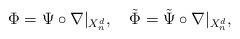
LaTeX: \begin{align*}\Phi=\Psi\circ\nabla|_{X_n^d},\quad\tilde\Phi=\tilde\Psi\circ\nabla|_{X_n^d},\end{align*}